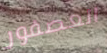
العصفور